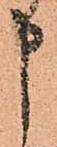
申